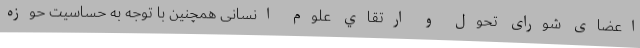
اعضای شورای تحول و ارتقاي علوم انسانی همچنین با توجه به حساسیت حوزه